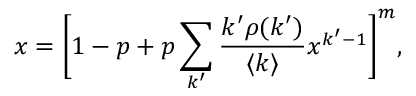
x = \bigg [ 1 - p + p \sum _ { k ^ { \prime } } \frac { k ^ { \prime } \rho ( k ^ { \prime } ) } { \langle k \rangle } x ^ { k ^ { \prime } - 1 } \bigg ] ^ { m } ,